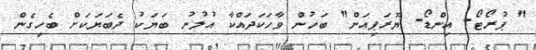
" ޕުރޯޓޯ- އިންޑޯ- ޔޫރަޕިއަން" ބަހުން ވާހަކަދައްކާ އުލުނު ބަޔަކު ދެބަޔަކަށް ބެހިގެން